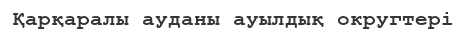
Қарқаралы ауданы ауылдық округтері